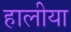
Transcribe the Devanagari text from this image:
हालीया